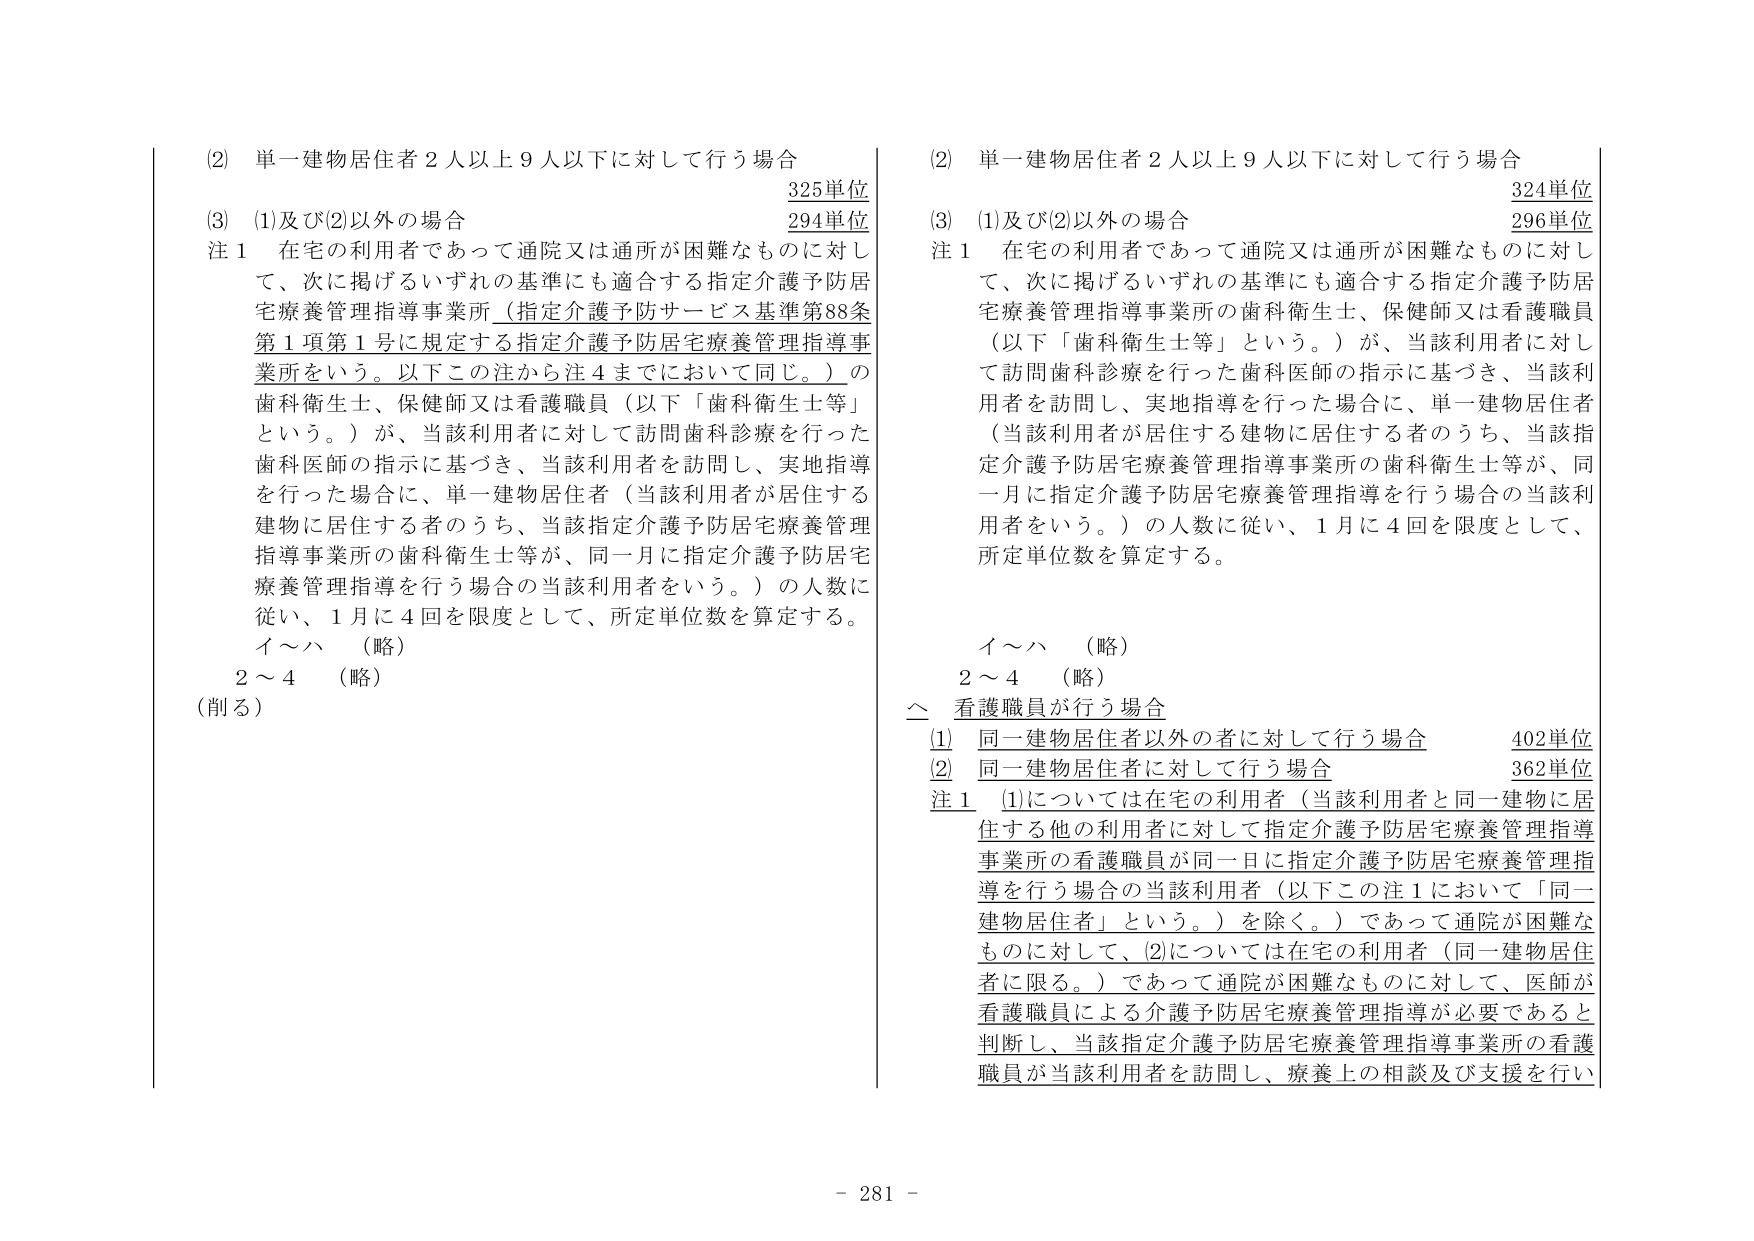
(2) 単一建物居住者２人以上９人以下に対して行う場合　325単位
(3) (1)及び(2)以外の場合　294単位
注１ 在宅の利用者であって通院又は通所が困難なものに対して、次に掲げるいずれの基準にも適合する指定介護予防居宅療養管理指導事業所（指定介護予防サービス基準第88条第１項第１号に規定する指定介護予防居宅療養管理指導事業所をいう。以下この注から注４までにおいて同じ。）の歯科衛生士、保健師又は看護職員（以下「歯科衛生士等」という。）が、当該利用者に対して訪問歯科診療を行った歯科医師の指示に基づき、当該利用者を訪問し、実地指導を行った場合に、単一建物居住者（当該利用者が居住する建物に居住する者のうち、当該指定介護予防居宅療養管理指導事業所の歯科衛生士等が、同一月に指定介護予防居宅療養管理指導を行う場合の当該利用者をいう。）の人数に従い、１月に４回を限度として、所定単位数を算定する。
イ～ハ （略）
２～４ （略）
（削る）

(2) 単一建物居住者２人以上９人以下に対して行う場合　324単位
(3) (1)及び(2)以外の場合　296単位
注１ 在宅の利用者であって通院又は通所が困難なものに対して、次に掲げるいずれの基準にも適合する指定介護予防居宅療養管理指導事業所の歯科衛生士、保健師又は看護職員（以下「歯科衛生士等」という。）が、当該利用者に対して訪問歯科診療を行った歯科医師の指示に基づき、当該利用者を訪問し、実地指導を行った場合に、単一建物居住者（当該利用者が居住する建物に居住する者のうち、当該指定介護予防居宅療養管理指導事業所の歯科衛生士等が、同一月に指定介護予防居宅療養管理指導を行う場合の当該利用者をいう。）の人数に従い、１月に４回を限度として、所定単位数を算定する。
イ～ハ （略）
２～４ （略）
△ 看護職員が行う場合
(1) 同一建物居住者以外の者に対して行う場合　402単位
(2) 同一建物居住者に対して行う場合　362単位
注１ (1)については在宅の利用者（当該利用者と同一建物に居住する他の利用者に対して指定介護予防居宅療養管理指導事業所の看護職員が同一日に指定介護予防居宅療養管理指導を行う場合の当該利用者（以下この注１において「同一建物居住者」という。）を除く。）であって通院が困難なものに対して、(2)については在宅の利用者（同一建物居住者に限る。）であって通院が困難なものに対して、医師が看護職員による介護予防居宅療養管理指導が必要であると判断し、当該指定介護予防居宅療養管理指導事業所の看護職員が当該利用者を訪問し、療養上の相談及び支援を行い

- 281 -